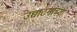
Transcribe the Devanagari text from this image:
उच्चाटनाच्या